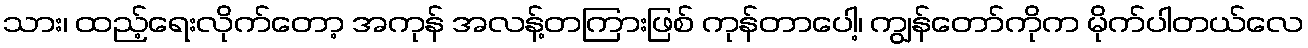
သား၊ ထည့်ရေးလိုက်တော့ အကုန် အလန့်တကြားဖြစ် ကုန်တာပေါ့၊ ကျွန်တော်ကိုက မိုက်ပါတယ်လေ